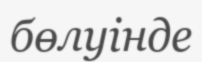
бөлуінде